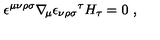
\epsilon ^ { \mu \nu \rho \sigma } \nabla _ { \! \mu } { \epsilon _ { \nu \rho \sigma } } ^ { \tau } H _ { \tau } = 0 \ ,